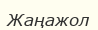
Жаңажол